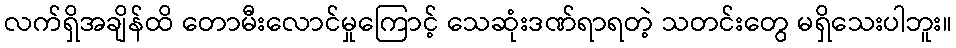
လက်ရှိအချိန်ထိ တောမီးလောင်မှုကြောင့် သေဆုံးဒဏ်ရာရတဲ့ သတင်းတွေ မရှိသေးပါဘူး။